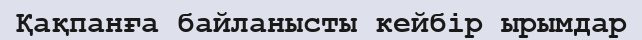
Қақпанға байланысты кейбір ырымдар